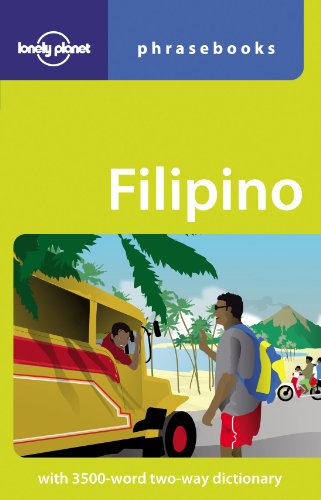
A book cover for Filipino (Tagalog): Lonely Planet Phrasebook; Aurora Santos Quinn; Travel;